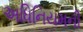
અધિનિયમની